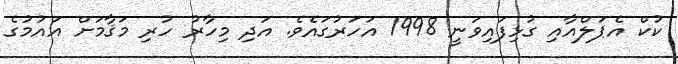
ކުކް އެޕަލްއާއި ގުޅިފައިވަނީ 1998 އަހަރުގައެވެ. އަދި މިހާރު ހުރި މަޤާމަށް އައުމުގެ